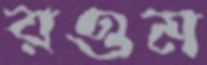
রওম